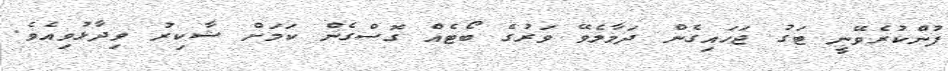
ފުންކުރެވޭނީ ޓަގު ޖަހައިގެން ދަމާލެވޭ ވަރުގެ ބޯޓެއް ގޮސްގެން ކަމަށް ޝާކިރު ވިދާޅުވިއެވެ.